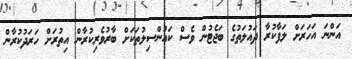
އަންނަ އަހަރަށް ލަފާކުރާ ދައުލަތުގެ ބަޖެޓުން ވެސް ކައުންސިލުތަކަށް ބާރުވެރިކުރާން އިތުރަށް ހަރަދުކުރާން